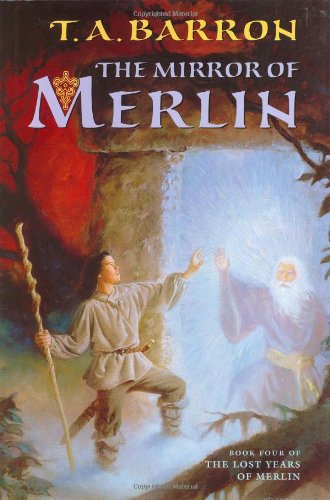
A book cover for The Mirror of Merlin; T. A. Barron; Children's Books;